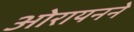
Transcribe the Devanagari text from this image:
ओरायनने